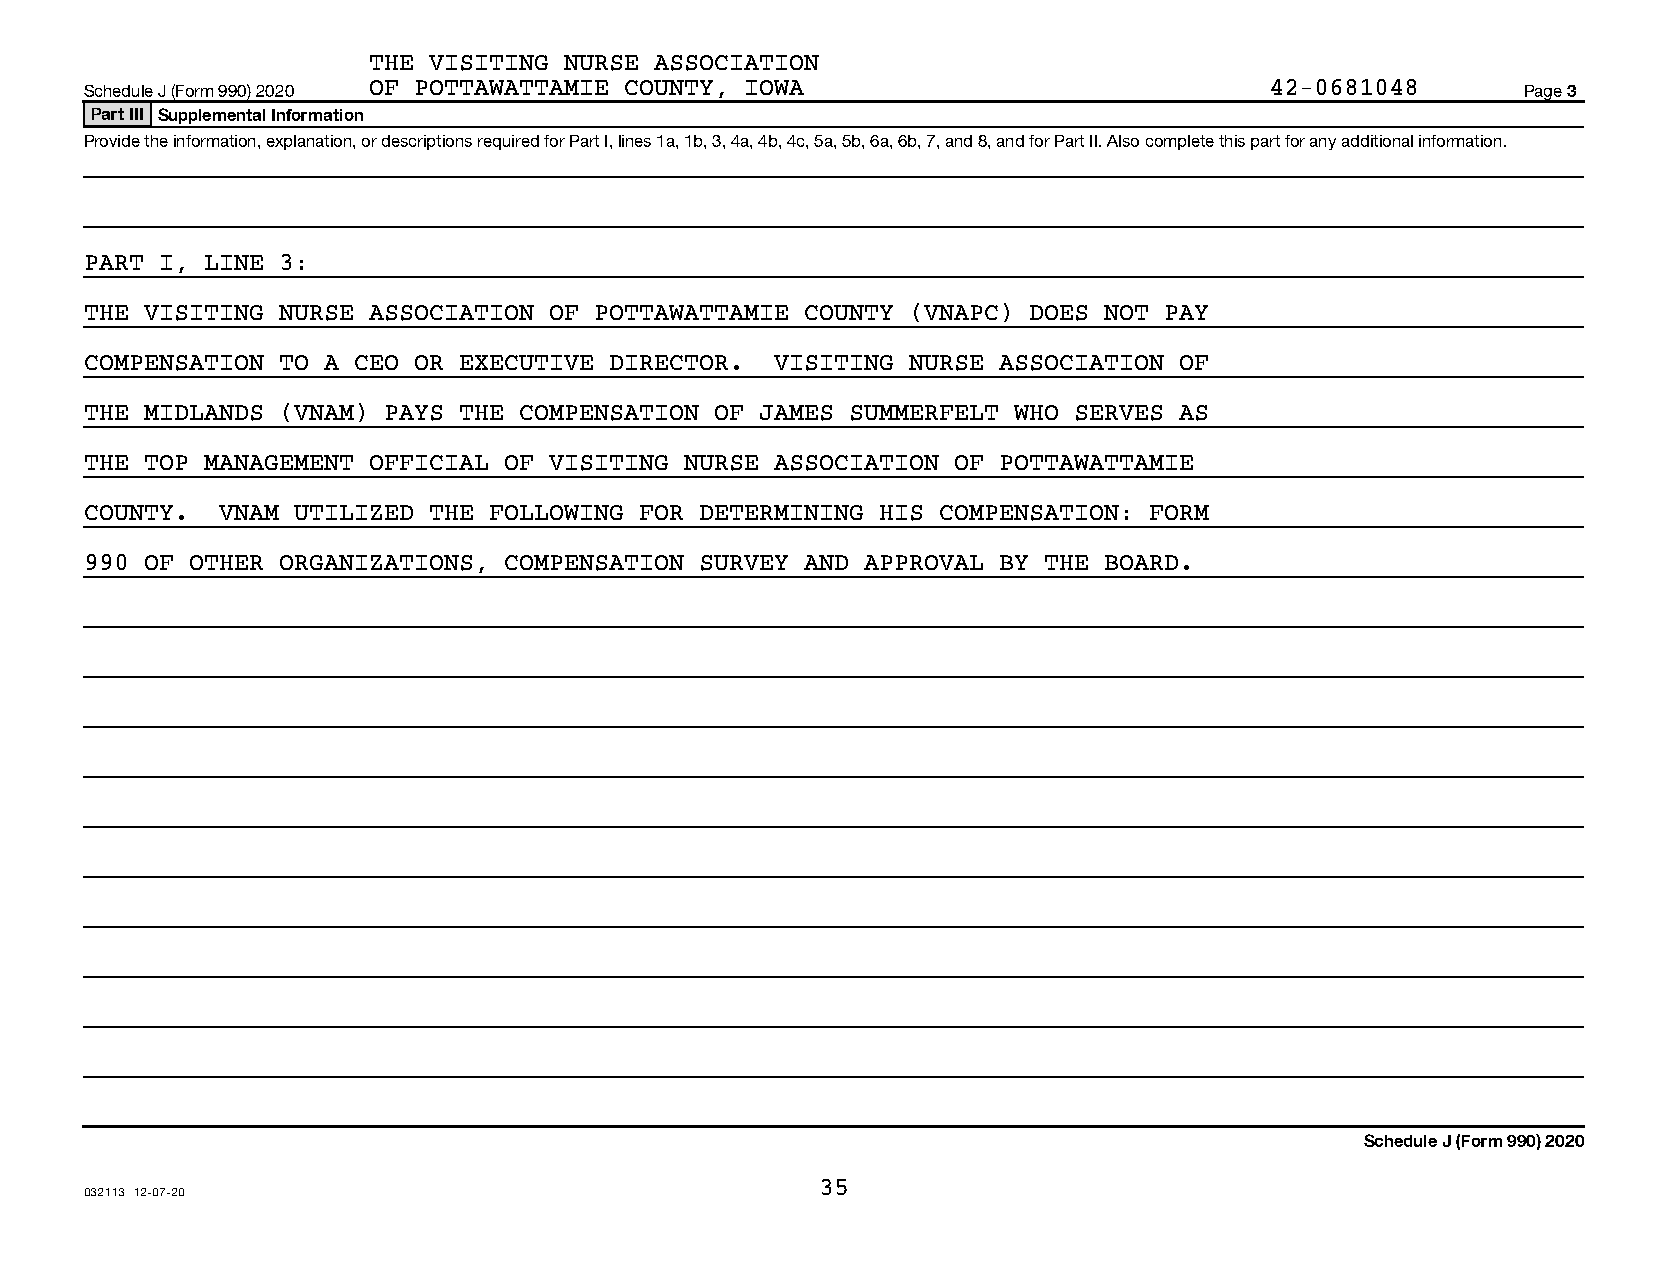
THE VISITING NURSE ASSOCIATION
 Schedule J (Form 990) 2020 OF POTTAWATTAMIE COUNTY, IOWA                      42-0681048       Page 3
 Part III Supplemental Information
 Provide the information, explanation, or descriptions required for Part I, lines 1a, 1b, 3, 4a, 4b, 4c, 5a, 5b, 6a, 6b, 7, and 8, and for Part II. Also complete this part for any additional information.
 PART I, LINE 3:
 THE VISITING NURSE ASSOCIATION OF POTTAWATTAMIE COUNTY (VNAPC) DOES NOT PAY
 COMPENSATION TO A CEO OR EXECUTIVE DIRECTOR. VISITING NURSE ASSOCIATION OF
 THE MIDLANDS (VNAM) PAYS THE COMPENSATION OF JAMES SUMMERFELT WHO SERVES AS
 THE TOP MANAGEMENT OFFICIAL OF VISITING NURSE ASSOCIATION OF POTTAWATTAMIE
 COUNTY. VNAM UTILIZED THE FOLLOWING FOR DETERMINING HIS COMPENSATION: FORM
 990 OF OTHER ORGANIZATIONS, COMPENSATION SURVEY AND APPROVAL BY THE BOARD.
 Schedule J (Form 990) 2020
 35
 032113 12-07-20